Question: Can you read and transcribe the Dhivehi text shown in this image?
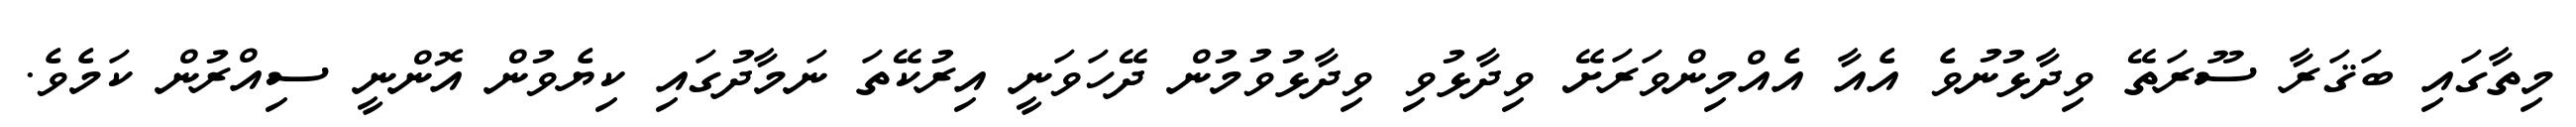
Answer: މިތާގައި ބަޤަރާ ސޫރަތޭ ވިދާޅުނުވެ އެއާ އެއްމިންވަރަށޭ ވިދާޅުވި ވިދާޅުވުމުން ދޭހަވަނީ އިރުކޭތަ ނަމާދުގައި ކިޔެވުން އޮންނީ ސިއްރުން ކަމެވެ.